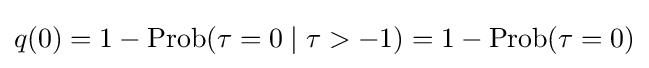
q(0)=1-\operatorname {Prob} (\tau =0\mid \tau >-1)=1-\operatorname {Prob} (\tau =0)